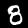
Label: 8